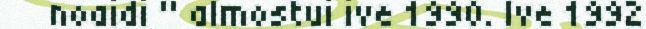
noaidi " almostui ive 1990. Ive 1992